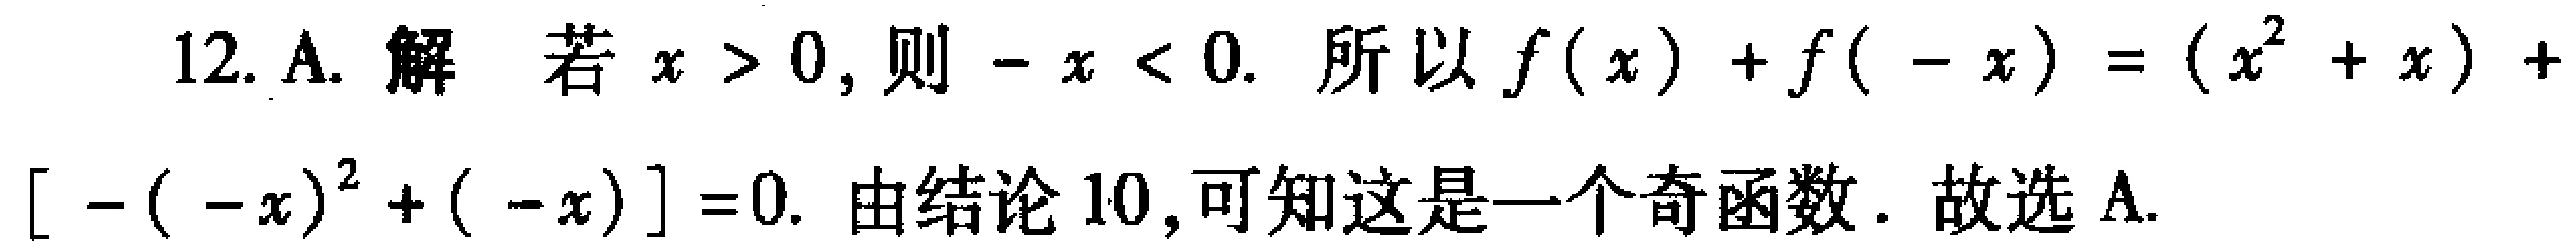
12. A. 解 若 \(x > 0\), 则 \(-x < 0\). 所以 \(f(x)+f(-x)=(x^{2}+x)+[ -(-x)^{2}+(-x)] = 0\). 由结论 10, 可知这是一个奇函数. 故选 A.